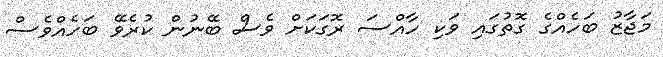
މަޖާޒު ބަހެއްގެ ގޮތުގައި ވަކި ހާއްސަ ރޮގަކަށް ވެސް ބޭނުން ކުރެވޭ ބަހެއްވެސް